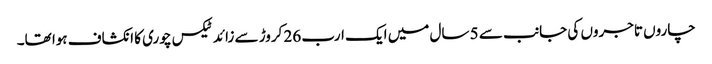
چاروں تاجروں کی جانب سے 5 سال میں ایک ارب 26 کروڑ سے زائد ٹیکس چوری کا انکشاف ہوا تھا۔